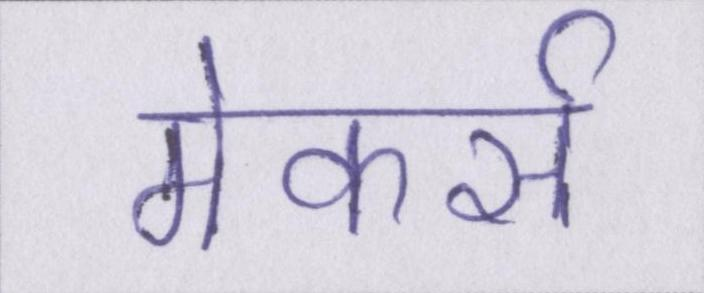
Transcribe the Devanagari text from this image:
मेकर्स